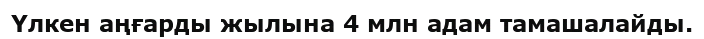
Үлкен аңғарды жылына 4 млн адам тамашалайды.